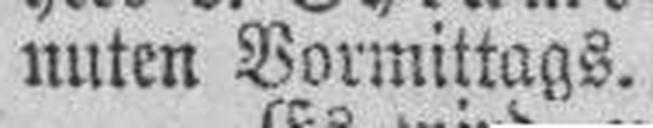
nuten Vormittags.